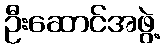
ဦးဆောင်အဖွဲ့